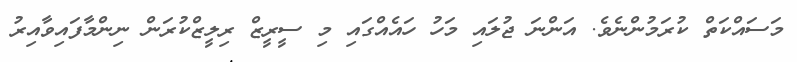
މަސައްކަތް ކުރަމުންނެވެ. އަންނަ ޖުލައި މަހު ހައެއްގައި މި ސީރީޒް ރިލީޒްކުރަން ނިންމާފައިވާއިރު